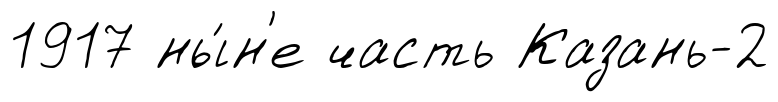
1917 ны́н'е часть Казань-2